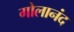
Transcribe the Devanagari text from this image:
गोलानंद